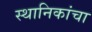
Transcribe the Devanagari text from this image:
स्थानिकांचा